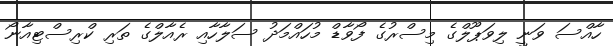
ހާއްސަ ވަނީ ލިވަޕޫލްގެ މިސްރުގެ ފޯވާޑް މުހައްމަދު ސަލާހާއި ރެއާލްގެ ތަރި ކްރިސްޓިއާނޯ